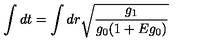
\int d t = \int d r \sqrt { \frac { g _ { 1 } } { g _ { 0 } ( 1 + E g _ { 0 } ) } }